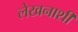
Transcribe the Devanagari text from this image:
लेखनाशी